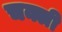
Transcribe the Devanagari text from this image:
चक्ली